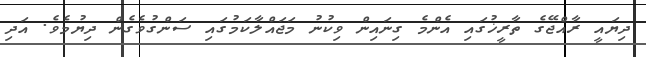
ދިޔައީ ރާއްޖޭގެ ތާރީޚުގައި އެންމެ ގިނައިން ވިކުނު މަޖައްލާކަމުގައި ސަންގުވެގެން ދިޔުމެވެ. އަދި